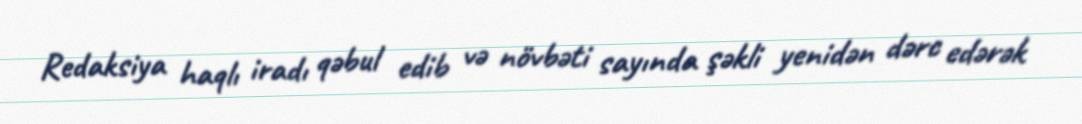
Redaksiya haqlı iradı qəbul edib və növbəti sayında şəkli yenidən dərc edərək